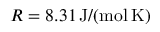
R = 8 . 3 1 \, \mathrm { J } / ( \mathrm { m o l } \, \mathrm { K } )